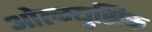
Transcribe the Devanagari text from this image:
ओल्म्युसिक